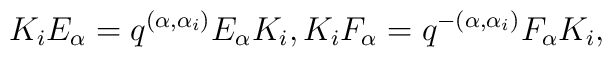
K_{i}E_{\alpha}=q^{(\alpha,\alpha_{i})}E_{\alpha}K_{i},K_{i}F_{\alpha}=q^{-(\alpha,\alpha_{i})}F_{\alpha}K_{i},